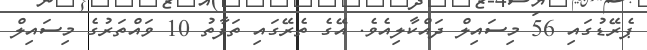
ޕެރޭޑުގައި 56 މިސައިލް ދައްކާލިއެވެ. އޭގެ ތެރޭގައި ތަފާތު 10 ވައްތަރުގެ މިސައިލް